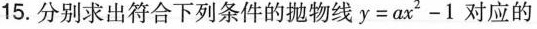
15.分别求出符合下列条件的抛物线$$y